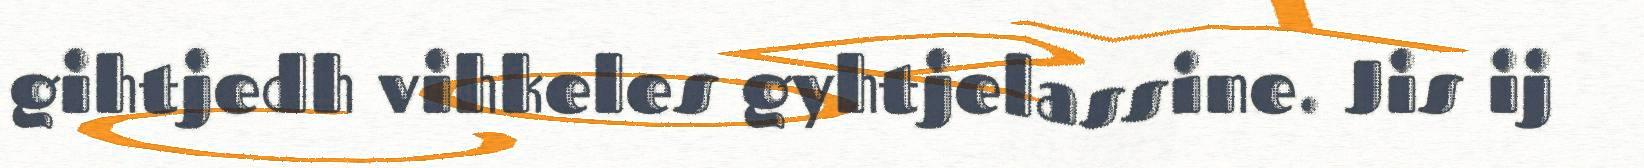
gihtjedh vihkeles gyhtjelassine. Jis ij